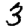
Digit: 3